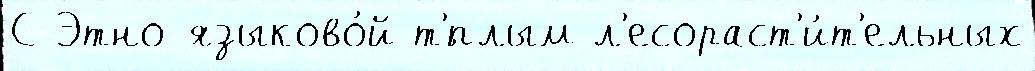
С Этно-языково́й т'́плым л'есораст'и́т'ельных